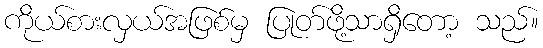
ကိုယ်စားလှယ်အဖြစ်မှ ပြုတ်ဖို့သာရှိတော့ သည်။